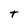
Character: t